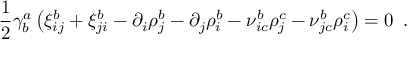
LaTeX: { \frac { 1 } { 2 } } \gamma _ { b } ^ { a } \left( \xi _ { i j } ^ { b } + \xi _ { j i } ^ { b } - \partial _ { i } \rho _ { j } ^ { b } - \partial _ { j } \rho _ { i } ^ { b } - \nu _ { i c } ^ { b } \rho _ { j } ^ { c } - \nu _ { j c } ^ { b } \rho _ { i } ^ { c } \right) = 0 \, \, \, .